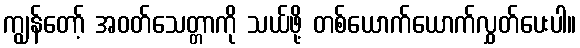
ကျွန်တော့် အဝတ်သေတ္တာကို သယ်ဖို့ တစ်ယောက်ယောက်လွှတ်ပေးပါ။